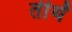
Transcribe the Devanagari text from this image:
तीर्थें